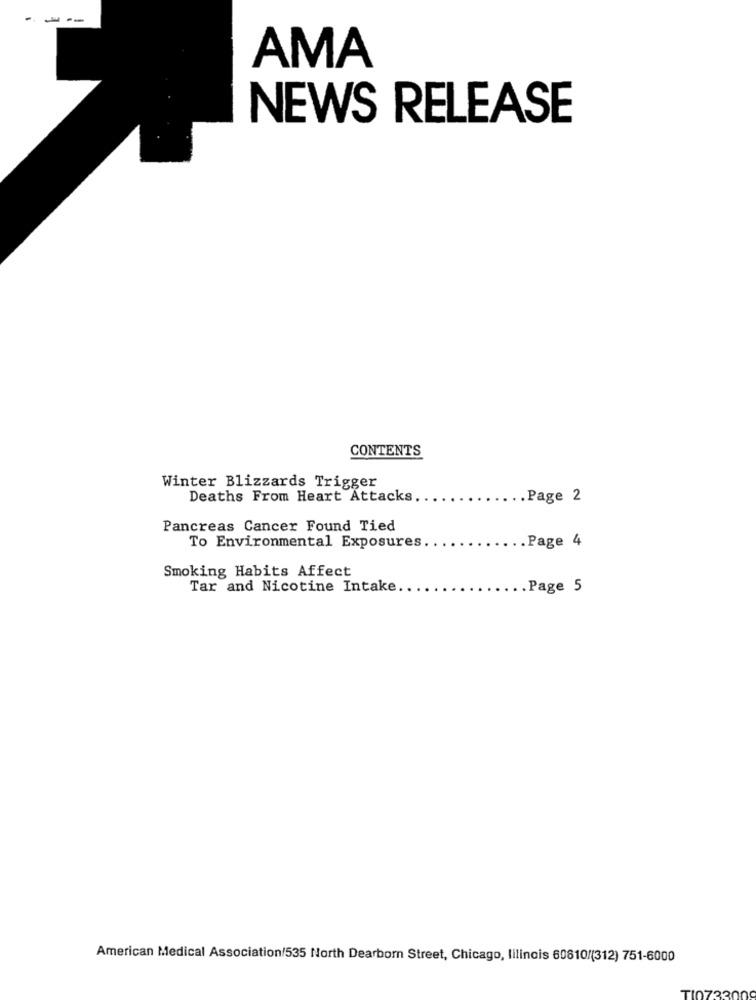
---
AMA
NEWS RELEASE
CONTENTS
Winter Blizzards Trigger
Deaths From Heart Attacks
.Page 2
Pancreas Cancer Found Tied
.. Page 4
To Environmental Exposures.
Smoking Habits Affect
Tar and Nicotine Intake
.. Page 5
American Medical Association/535 North Dearborn Street, Chicago, lilincis 60810/(312) 751-6000
TI